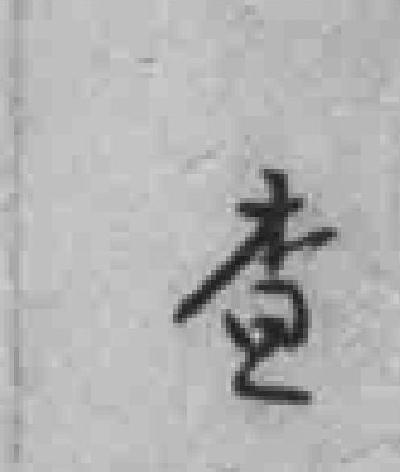
查